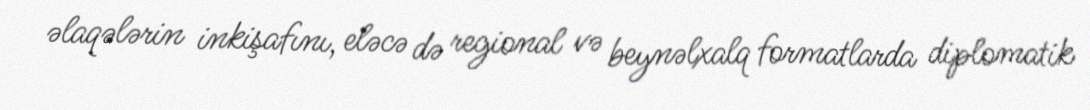
əlaqələrin inkişafını, eləcə də regional və beynəlxalq formatlarda diplomatik